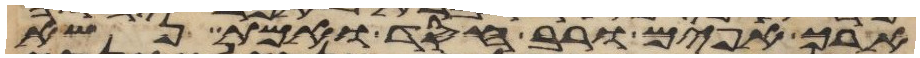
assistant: ארך אפים ורב חסד ואמת נשא